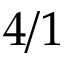
4 / 1